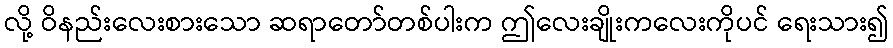
လို့ ဝိနည်းလေးစားသော ဆရာတော်တစ်ပါးက ဤလေးချိုးကလေးကိုပင် ရေးသား၍